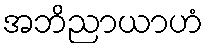
အဘိညာယာဟံ